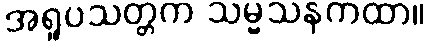
အရူပသတ္တက သမ္မသနကထာ။